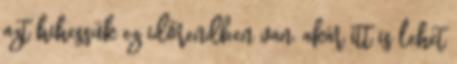
azt hihessük ez időrendben van, akár itt is lehet